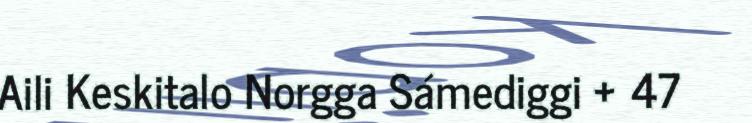
Aili Keskitalo Norgga Sámediggi + 47